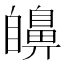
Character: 𦤫